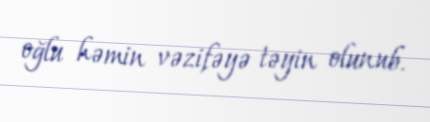
oğlu həmin vəzifəyə təyin olunub.